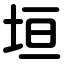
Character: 垣